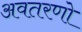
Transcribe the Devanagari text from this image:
अवतरणो